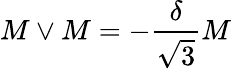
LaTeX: M\vee M=-\frac{\delta}{\sqrt{3}}M